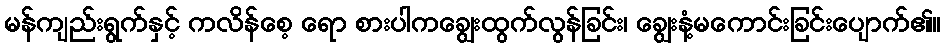
မန်ကျည်းရွက်နှင့် ကလိန်စေ့ ရော စားပါကချွေးထွက်လွန်ခြင်း၊ ချွေးနံ့မကောင်းခြင်းပျောက်၏။